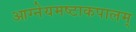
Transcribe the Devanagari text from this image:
आग्नेयमष्टाकपालम्